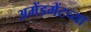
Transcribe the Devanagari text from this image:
अमेंडमेंटच्या